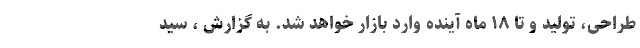
طراحی، تولید و تا ۱۸ ماه آینده وارد بازار خواهد شد. به گزارش ، سید